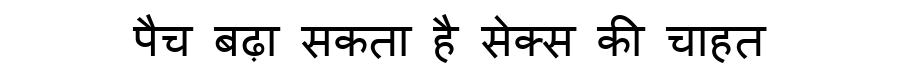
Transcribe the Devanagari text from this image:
पैच बढ़ा सकता है सेक्स की चाहत